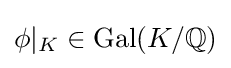
\phi \vert _{K}\in \operatorname {Gal} (K/\mathbb {Q} )